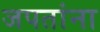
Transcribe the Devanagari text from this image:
जपतांना